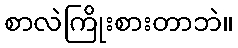
စာလဲကြိုးစားတာဘဲ။